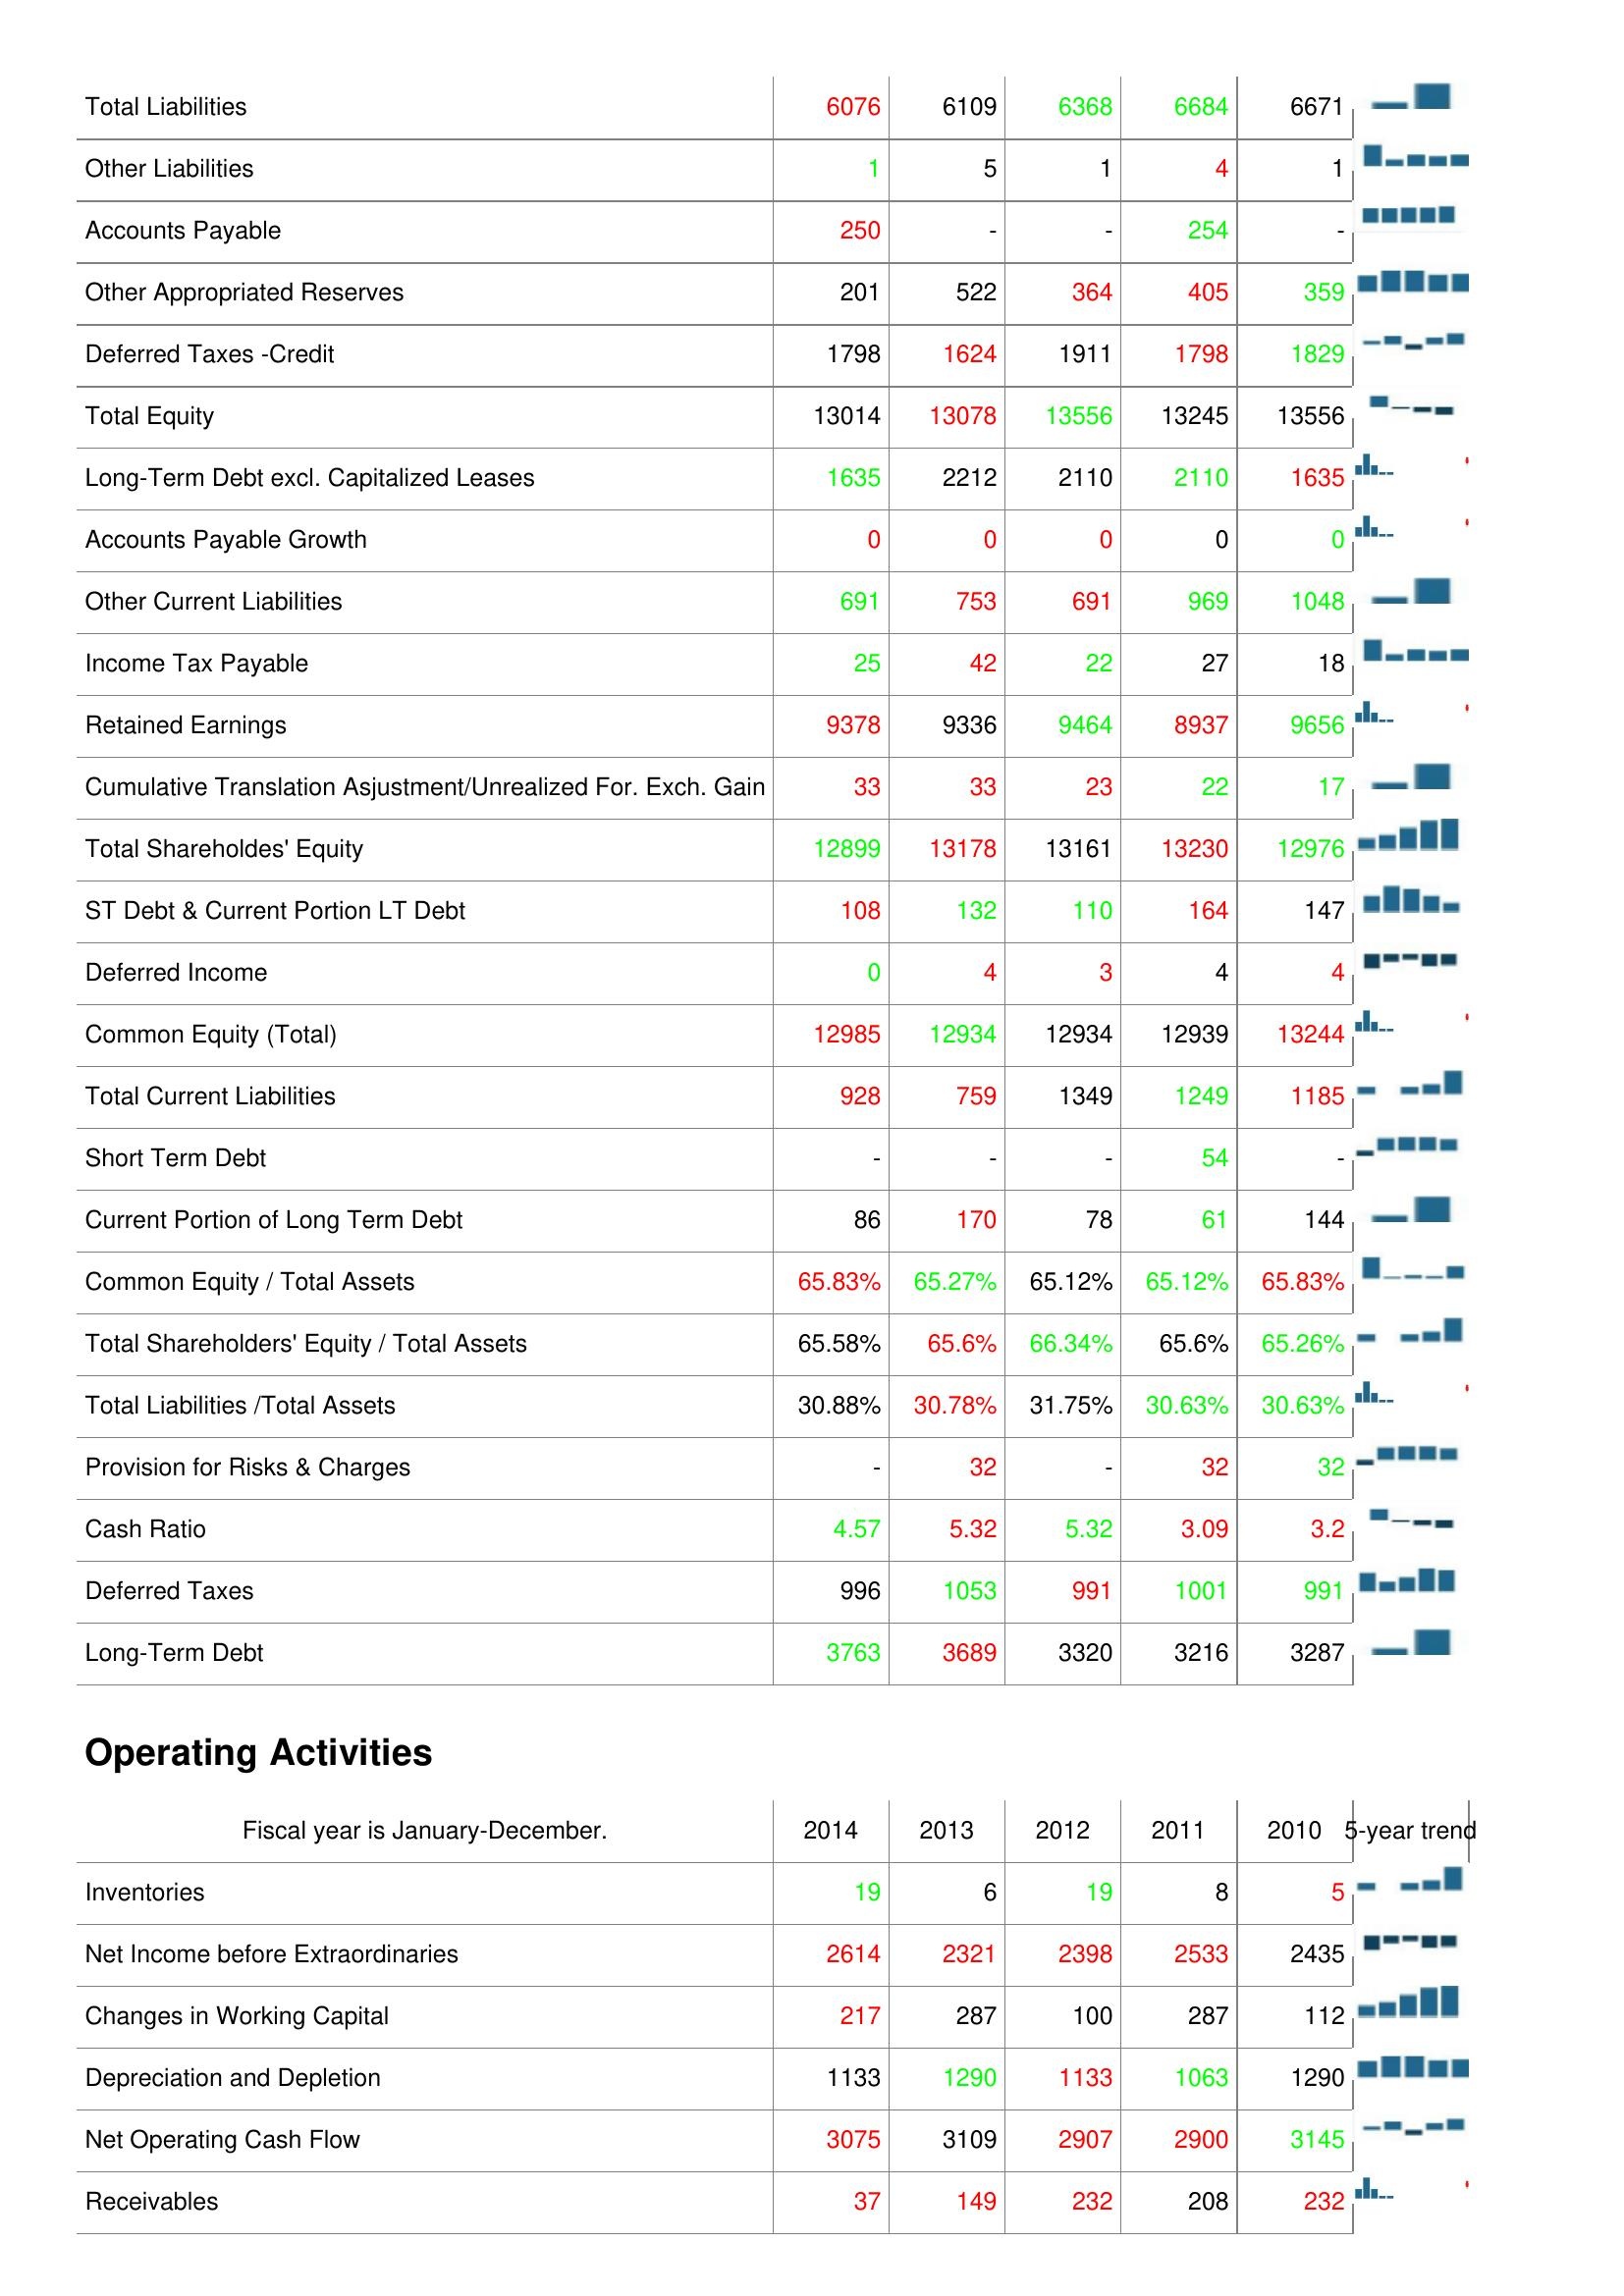
2014: Liabilities & Shareholder's Equity: Total Liabilities: 6076
Other Liabilities: 1
Accounts Payable: 250
Other Appropriated Reserves: 201
Deferred Taxes -Credit: 1798
Total Equity: 13014
Long-Term Debt excl. Capitalized Leases: 1635
Accounts Payable Growth: 0
Other Current Liabilities: 691
Income Tax Payable: 25
Retained Earnings: 9378
Cumulative Translation Asjustment/Unrealized For. Exch. Gain: 33
Total Shareholdes' Equity: 12899
ST Debt & Current Portion LT Debt: 108
Deferred Income: 0
Common Equity (Total): 12985
Total Current Liabilities: 928
Short Term Debt: -
Current Portion of Long Term Debt: 86
Common Equity / Total Assets: 65.83%
Total Shareholders' Equity / Total Assets: 65.58%
Total Liabilities /Total Assets: 30.88%
Provision for Risks & Charges: -
Cash Ratio: 4.57
Deferred Taxes: 996
Long-Term Debt: 3763
Operating Activities: Inventories: 19
Net Income before Extraordinaries: 2614
Changes in Working Capital: 217
Depreciation and Depletion: 1133
Net Operating Cash Flow: 3075
Receivables: 37
2013: Liabilities & Shareholder's Equity: Total Liabilities: 6109
Other Liabilities: 5
Accounts Payable: -
Other Appropriated Reserves: 522
Deferred Taxes -Credit: 1624
Total Equity: 13078
Long-Term Debt excl. Capitalized Leases: 2212
Accounts Payable Growth: 0
Other Current Liabilities: 753
Income Tax Payable: 42
Retained Earnings: 9336
Cumulative Translation Asjustment/Unrealized For. Exch. Gain: 33
Total Shareholdes' Equity: 13178
ST Debt & Current Portion LT Debt: 132
Deferred Income: 4
Common Equity (Total): 12934
Total Current Liabilities: 759
Short Term Debt: -
Current Portion of Long Term Debt: 170
Common Equity / Total Assets: 65.27%
Total Shareholders' Equity / Total Assets: 65.6%
Total Liabilities /Total Assets: 30.78%
Provision for Risks & Charges: 32
Cash Ratio: 5.32
Deferred Taxes: 1053
Long-Term Debt: 3689
Operating Activities: Inventories: 6
Net Income before Extraordinaries: 2321
Changes in Working Capital: 287
Depreciation and Depletion: 1290
Net Operating Cash Flow: 3109
Receivables: 149
2012: Liabilities & Shareholder's Equity: Total Liabilities: 6368
Other Liabilities: 1
Accounts Payable: -
Other Appropriated Reserves: 364
Deferred Taxes -Credit: 1911
Total Equity: 13556
Long-Term Debt excl. Capitalized Leases: 2110
Accounts Payable Growth: 0
Other Current Liabilities: 691
Income Tax Payable: 22
Retained Earnings: 9464
Cumulative Translation Asjustment/Unrealized For. Exch. Gain: 23
Total Shareholdes' Equity: 13161
ST Debt & Current Portion LT Debt: 110
Deferred Income: 3
Common Equity (Total): 12934
Total Current Liabilities: 1349
Short Term Debt: -
Current Portion of Long Term Debt: 78
Common Equity / Total Assets: 65.12%
Total Shareholders' Equity / Total Assets: 66.34%
Total Liabilities /Total Assets: 31.75%
Provision for Risks & Charges: -
Cash Ratio: 5.32
Deferred Taxes: 991
Long-Term Debt: 3320
Operating Activities: Inventories: 19
Net Income before Extraordinaries: 2398
Changes in Working Capital: 100
Depreciation and Depletion: 1133
Net Operating Cash Flow: 2907
Receivables: 232
2011: Liabilities & Shareholder's Equity: Total Liabilities: 6684
Other Liabilities: 4
Accounts Payable: 254
Other Appropriated Reserves: 405
Deferred Taxes -Credit: 1798
Total Equity: 13245
Long-Term Debt excl. Capitalized Leases: 2110
Accounts Payable Growth: 0
Other Current Liabilities: 969
Income Tax Payable: 27
Retained Earnings: 8937
Cumulative Translation Asjustment/Unrealized For. Exch. Gain: 22
Total Shareholdes' Equity: 13230
ST Debt & Current Portion LT Debt: 164
Deferred Income: 4
Common Equity (Total): 12939
Total Current Liabilities: 1249
Short Term Debt: 54
Current Portion of Long Term Debt: 61
Common Equity / Total Assets: 65.12%
Total Shareholders' Equity / Total Assets: 65.6%
Total Liabilities /Total Assets: 30.63%
Provision for Risks & Charges: 32
Cash Ratio: 3.09
Deferred Taxes: 1001
Long-Term Debt: 3216
Operating Activities: Inventories: 8
Net Income before Extraordinaries: 2533
Changes in Working Capital: 287
Depreciation and Depletion: 1063
Net Operating Cash Flow: 2900
Receivables: 208
2010: Liabilities & Shareholder's Equity: Total Liabilities: 6671
Other Liabilities: 1
Accounts Payable: -
Other Appropriated Reserves: 359
Deferred Taxes -Credit: 1829
Total Equity: 13556
Long-Term Debt excl. Capitalized Leases: 1635
Accounts Payable Growth: 0
Other Current Liabilities: 1048
Income Tax Payable: 18
Retained Earnings: 9656
Cumulative Translation Asjustment/Unrealized For. Exch. Gain: 17
Total Shareholdes' Equity: 12976
ST Debt & Current Portion LT Debt: 147
Deferred Income: 4
Common Equity (Total): 13244
Total Current Liabilities: 1185
Short Term Debt: -
Current Portion of Long Term Debt: 144
Common Equity / Total Assets: 65.83%
Total Shareholders' Equity / Total Assets: 65.26%
Total Liabilities /Total Assets: 30.63%
Provision for Risks & Charges: 32
Cash Ratio: 3.2
Deferred Taxes: 991
Long-Term Debt: 3287
Operating Activities: Inventories: 5
Net Income before Extraordinaries: 2435
Changes in Working Capital: 112
Depreciation and Depletion: 1290
Net Operating Cash Flow: 3145
Receivables: 232